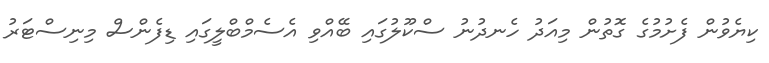
ކިޔެވުން ފެށުމުގެ ގޮތުން މިއަދު ހެނދުނު ސްކޫލުގައި ބޭއްވި އެސެމްބްލީގައި ޑިފެންސް މިނިސްޓަރު